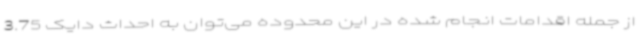
از جمله اقدامات انجام شده در این محدوده می‌توان به احداث دایک 3.75